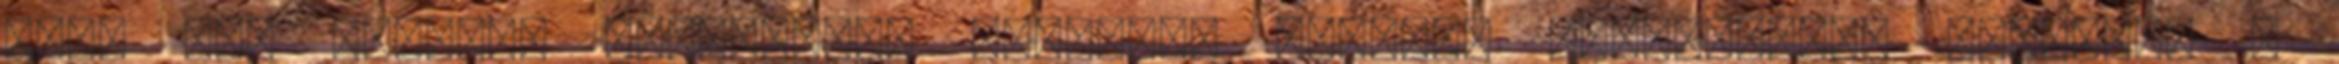
Mint egy hosszan elnyújtott orgazmus Érdemes átverekedni magunkat a